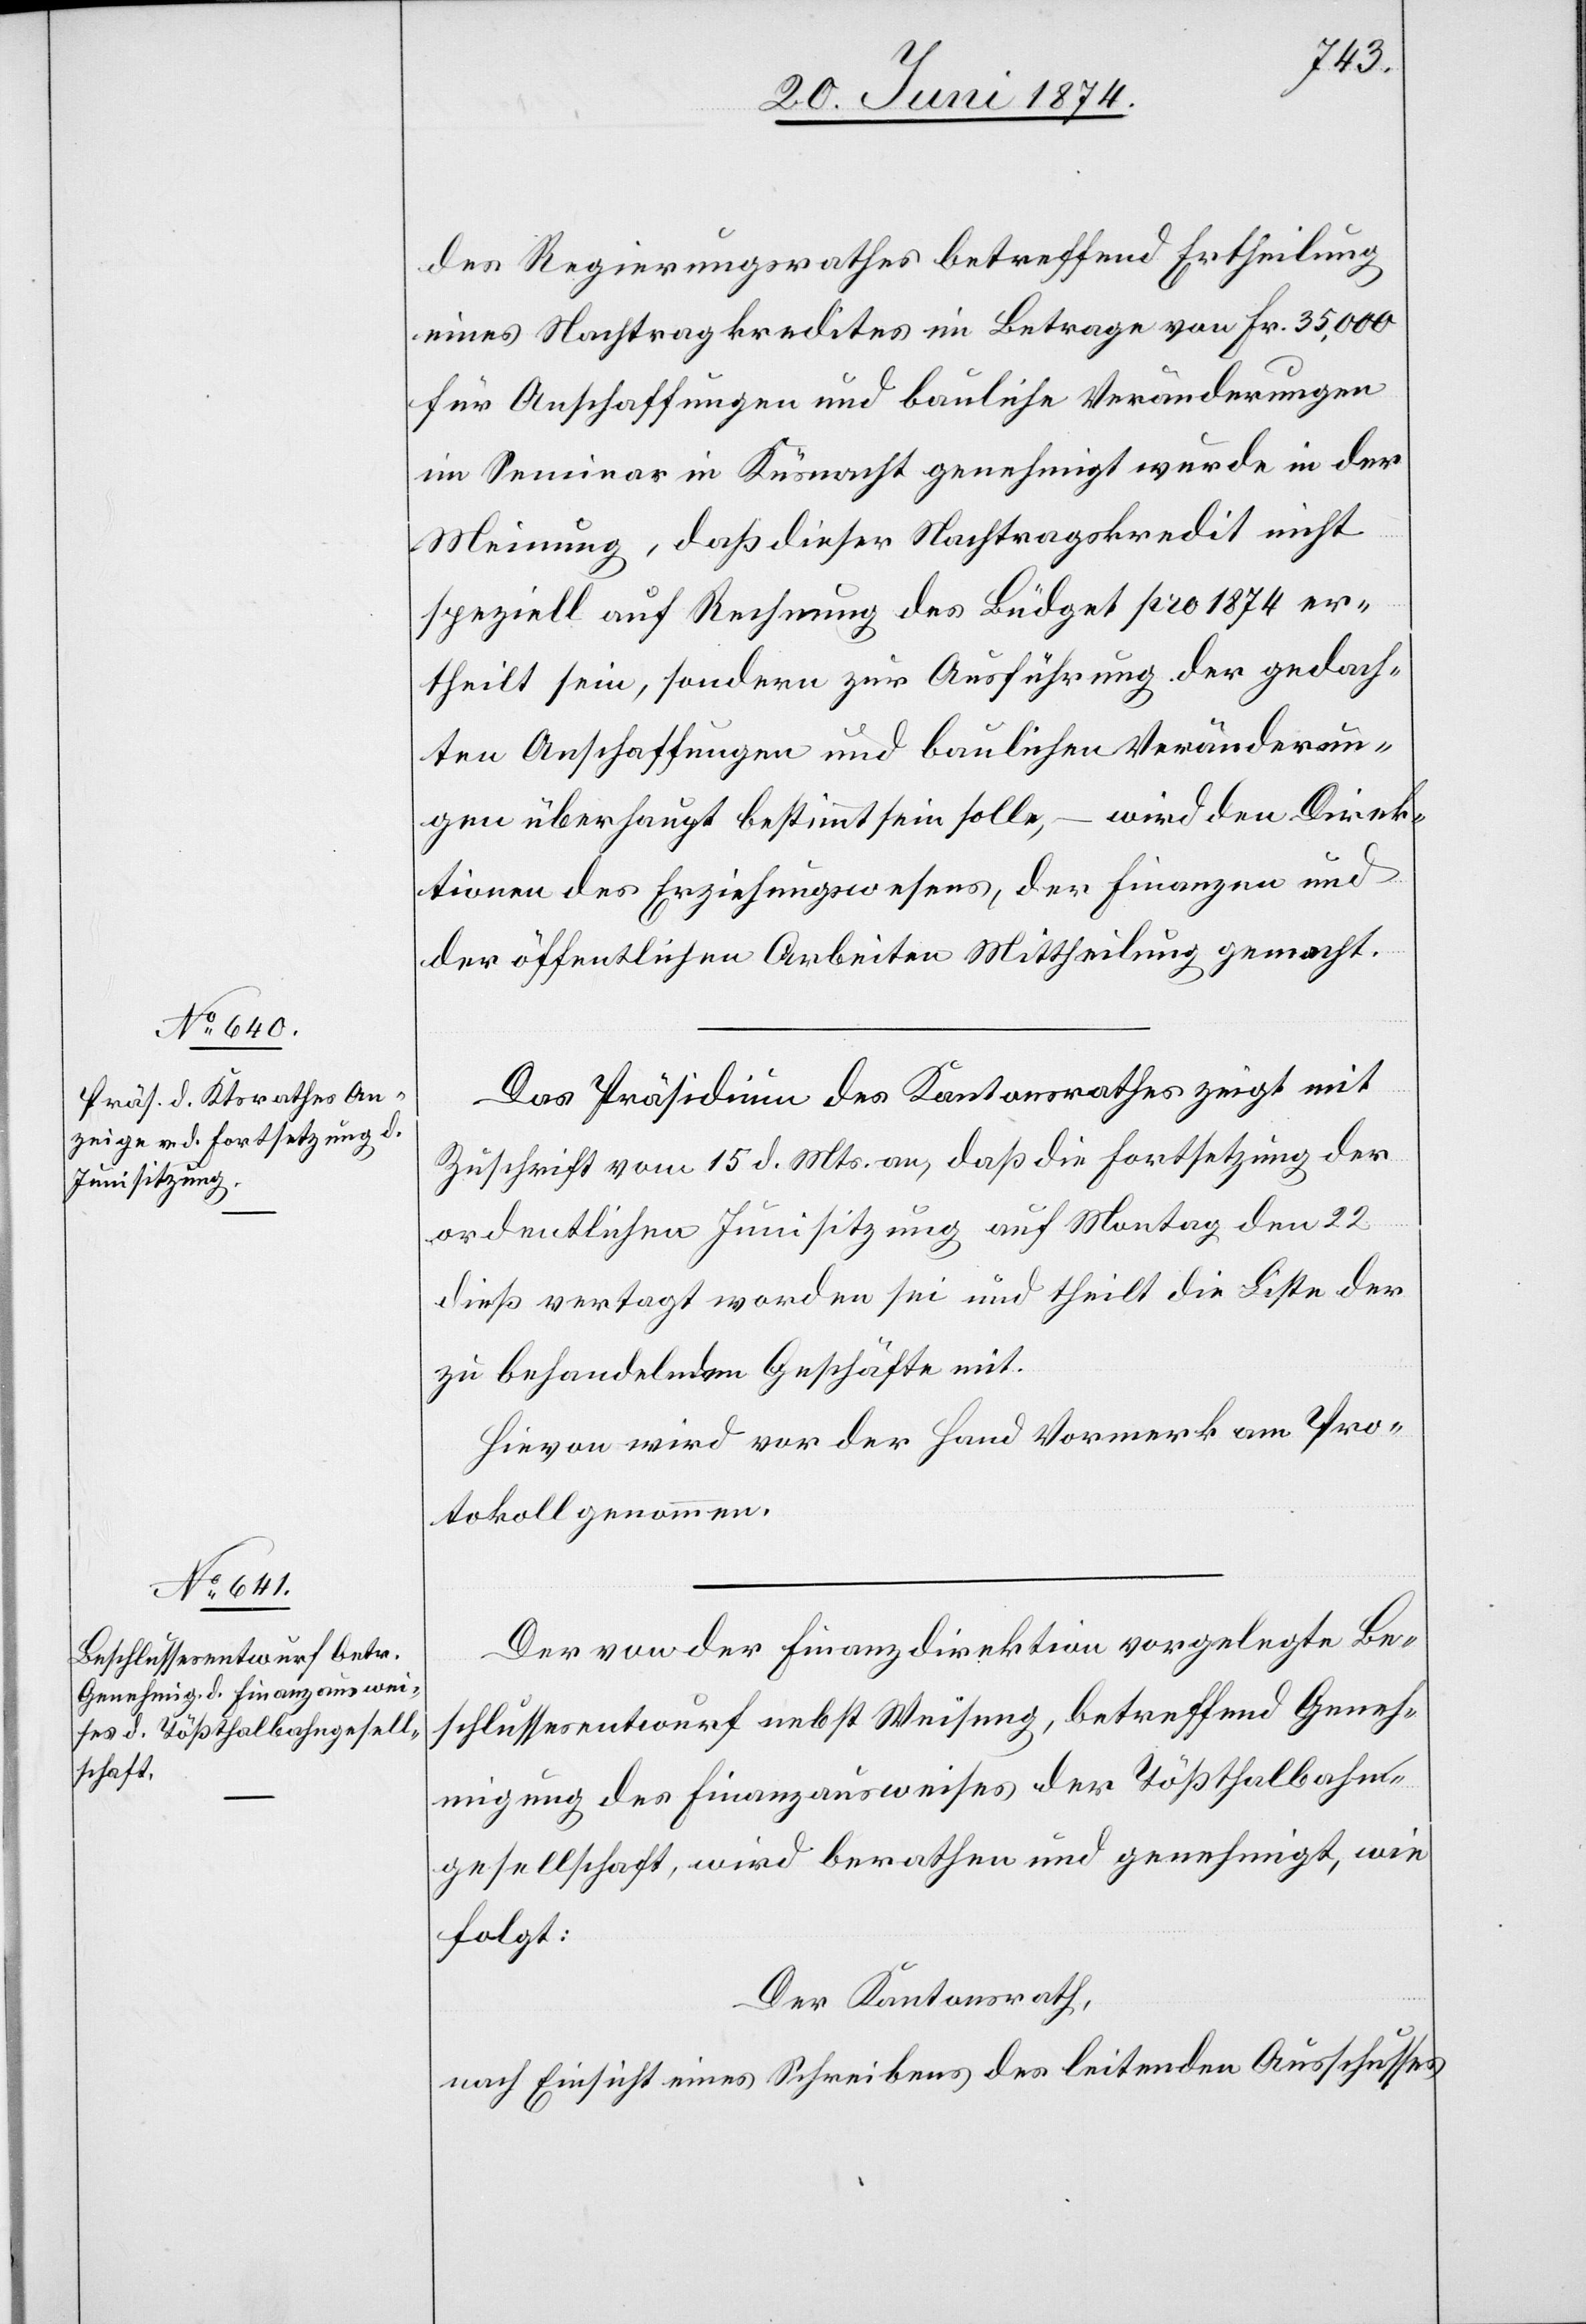
des Regierungsrathes betreffend Ertheilung
eines Nachtragskredites im Betrage von Fr. 35,000
für Anschaffungen und bauliche Veränderungen
im Seminar in Küsnacht genehmigt wurde in der
Meinung, daß dieser Nachtragskredit nicht
speziell auf Rechnung des Büdget pro 1874 er¬
theilt sein, sondern zur Ausführung der gedach¬
ten Anschaffungen und baulichen Veränderun¬
gen überhaupt bestimmt sein solle, – wird den Direk¬
tionen des Erziehungswesens, der Finanzen und
der öffentlichen Arbeiten Mittheilung gemacht.
Das Präsidium des Kantonsrathes zeigt mit
Zuschrift vom 15. d. Mts. an, daß die Fortsetzung der
ordentlichen Junisitzung auf Montag den 22.
dieß vertagt worden sei und theilt die Liste der
zu behandelnden Geschäfte mit.
Hievon wird vor der Hand Vormerk am Pro¬
tokoll genommen.
Der von der Finanzdirektion vorgelegte Be¬
schlussesentwurf nebst Weisung, betreffend Geneh¬
migung des Finanzausweises der Tößthalbahn¬
gesellschaft, wird berathen und genehmigt, wie
folgt:
Der Kantonsrath,
nach Einsicht eines Schreibens des leitenden Ausschusses